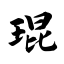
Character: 琨